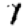
Digit: 1